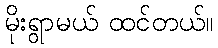
မိုးရွာမယ် ထင်တယ်။